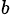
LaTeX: ^\textit{b}